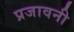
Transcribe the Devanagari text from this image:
प्रजावनी